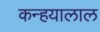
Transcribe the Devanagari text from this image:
कन्हयालाल